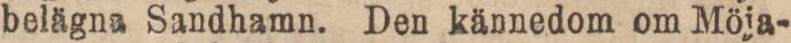
belägna Sandhamn. Den kännedom om Möja-